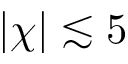
| \chi | \lesssim 5